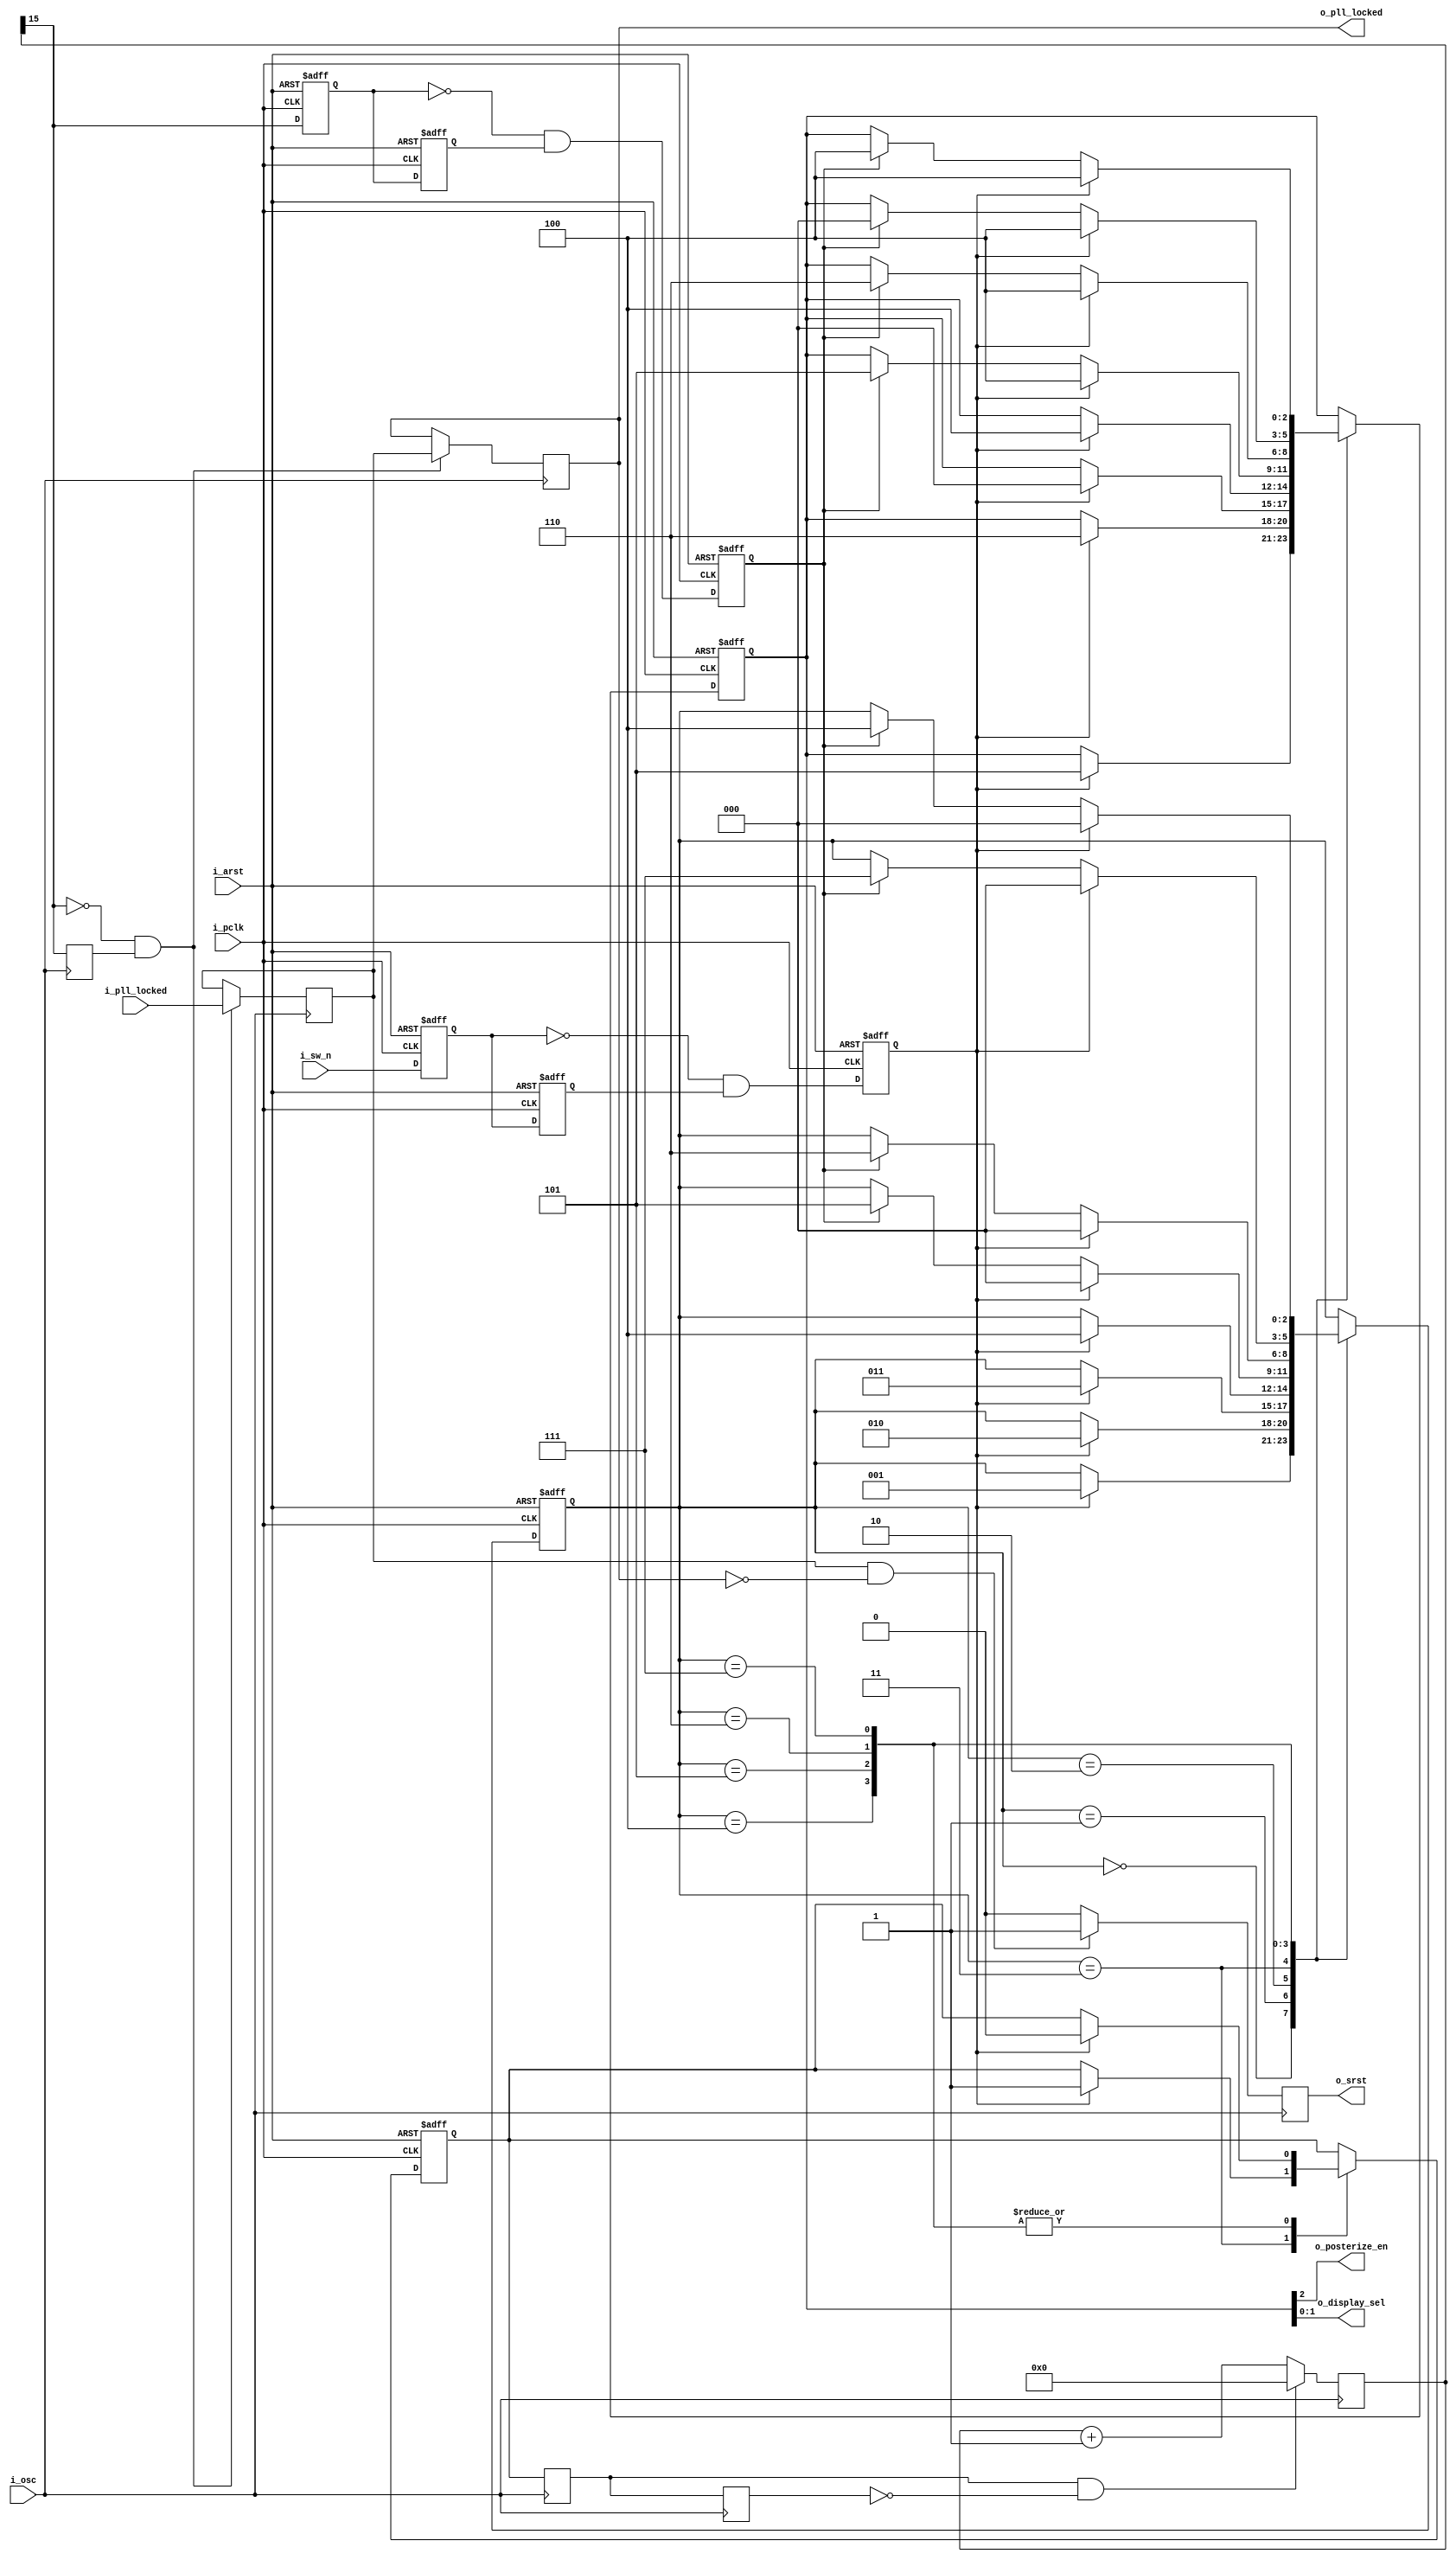
// This program was cloned from: https://github.com/Efinix-Inc/xyloni
// License: MIT License

module display_fsm
#(
	parameter	TIMER_WIDTH	= 16
)
(
	input	i_arst,
	input	i_osc,
	input	i_pclk,
	input	i_sw_n,
	input	i_pll_locked,
	
	output	o_srst,
	output	o_pll_locked,
	output	o_posterize_en,
	output	[1:0]o_display_sel
);

localparam	c_idle_streaming	= 3'b100;
localparam	c_full_sobel		= 3'b101;
localparam	c_half_sobel		= 3'b110;
localparam	c_half_posterize	= 3'b000;

localparam	s_m_idle_streaming	= 3'b000;
localparam	s_m_full_sobel		= 3'b001;
localparam	s_m_half_sobel		= 3'b010;
localparam	s_m_half_posterize	= 3'b011;
localparam	s_a_idle_streaming	= 3'b100;
localparam	s_a_full_sobel		= 3'b101;
localparam	s_a_half_sobel		= 3'b110;
localparam	s_a_half_posterize	= 3'b111;

reg		[TIMER_WIDTH-1:0]r_timer_osc_1P	= {TIMER_WIDTH{1'b0}};
reg		r_timer_en_osc_2P				= 1'b0;
reg		r_timer_en_osc_3P				= 1'b0;
reg		r_timer_msb_osc_2P				= 1'b0;
reg		r_pll_locked_osc_1P				= 1'b0;
reg		r_pll_locked_osc_2P				= 1'b0;
reg		r_pll_locked_osc_3P				= 1'b0;
reg		r_pll_locked_osc_4P				= 1'b0;
reg		r_pll_locked_osc_5P				= 1'b0;
reg		r_srst_osc_1P					= 1'b0;

reg		[2:0]r_display_state_1P;
reg		r_sw_n_pclk_1P;
reg		r_timer_msb_pclk_1P;
reg		[2:0]r_display_ctrl_pclk_1P;
reg		r_timer_en_pclk_1P;

reg		r_sw_n_pclk_2P;
reg		r_sw_n_fe_pclk_2P;
reg		r_timer_msb_pclk_2P;
reg		r_timer_msb_fe_pclk_2P;

//always@(posedge i_arst or posedge i_osc)
always@(posedge i_osc)
begin
//	if (i_arst)
//	begin
//		r_timer_osc_1P			<= {TIMER_WIDTH{1'b0}};
//		r_timer_en_osc_2P		<= 1'b0;
//		r_timer_en_osc_3P		<= 1'b0;
//		r_timer_msb_osc_2P		<= 1'b0;
//		r_pll_locked_osc_1P		<= 1'b0;
//		r_pll_locked_osc_2P		<= 1'b0;
//		r_srst_osc_1P			<= 1'b0;
//	end
//	else
	begin
		r_timer_osc_1P			<= r_timer_osc_1P+1'b1;
		if (r_timer_en_osc_2P & ~r_timer_en_osc_3P)
			r_timer_osc_1P		<= {TIMER_WIDTH{1'b0}};
		
		r_timer_en_osc_2P		<= r_timer_en_pclk_1P;
		r_timer_en_osc_3P		<= r_timer_en_osc_2P;
		
		r_timer_msb_osc_2P		<= r_timer_osc_1P[TIMER_WIDTH-1];
		
		if (~r_timer_osc_1P[TIMER_WIDTH-1] & r_timer_msb_osc_2P)
		begin
			r_pll_locked_osc_1P	<= i_pll_locked;
			r_pll_locked_osc_2P	<= r_pll_locked_osc_1P;
			r_pll_locked_osc_3P	<= r_pll_locked_osc_2P;
			r_pll_locked_osc_4P	<= r_pll_locked_osc_3P;
			r_pll_locked_osc_5P	<= r_pll_locked_osc_4P;
		end
		
		r_srst_osc_1P			<= 1'b0;
//		if (r_pll_locked_osc_4P & ~r_pll_locked_osc_5P)
		if (r_pll_locked_osc_1P & ~r_pll_locked_osc_2P)
			r_srst_osc_1P		<= 1'b1;
	end
end

always@(posedge i_arst or posedge i_pclk)
begin
	if (i_arst)
	begin
		r_display_state_1P		<= s_m_idle_streaming;
		r_sw_n_pclk_1P			<= 1'b1;
		r_timer_msb_pclk_1P		<= 1'b0;
		r_display_ctrl_pclk_1P	<= c_idle_streaming;
		r_timer_en_pclk_1P		<= 1'b0;
		
		r_sw_n_pclk_2P			<= 1'b1;
		r_sw_n_fe_pclk_2P		<= 1'b0;
		r_timer_msb_pclk_2P		<= 1'b0;
		r_timer_msb_fe_pclk_2P	<= 1'b0;
	end
	else
	begin
		r_sw_n_pclk_1P			<= i_sw_n;
		r_timer_msb_pclk_1P		<= r_timer_osc_1P[TIMER_WIDTH-1];
		
		r_sw_n_pclk_2P			<= r_sw_n_pclk_1P;
		r_timer_msb_pclk_2P		<= r_timer_msb_pclk_1P;
		
		r_sw_n_fe_pclk_2P		<= ~r_sw_n_pclk_1P & r_sw_n_pclk_2P;
		r_timer_msb_fe_pclk_2P	<= ~r_timer_msb_pclk_1P & r_timer_msb_pclk_2P;
		
		case (r_display_state_1P)
			s_m_idle_streaming:
			begin
				if (r_sw_n_fe_pclk_2P)
				begin
					r_display_state_1P		<= s_m_full_sobel;
					r_display_ctrl_pclk_1P	<= c_full_sobel;
				end
			end
			
			s_m_full_sobel:
			begin
				if (r_sw_n_fe_pclk_2P)
				begin
					r_display_state_1P		<= s_m_half_sobel;
					r_display_ctrl_pclk_1P	<= c_half_sobel;
				end
			end
			
			s_m_half_sobel:
			begin
				if (r_sw_n_fe_pclk_2P)
				begin
					r_display_state_1P		<= s_m_half_posterize;
					r_display_ctrl_pclk_1P	<= c_half_posterize;
				end
			end
			
			s_m_half_posterize:
			begin
				if (r_sw_n_fe_pclk_2P)
				begin
					r_display_state_1P		<= s_a_idle_streaming;
					r_display_ctrl_pclk_1P	<= c_idle_streaming;
					r_timer_en_pclk_1P		<= 1'b1;
				end
			end
			
			s_a_idle_streaming:
			begin
				if (r_sw_n_fe_pclk_2P)
				begin
					r_display_state_1P		<= s_m_idle_streaming;
					r_display_ctrl_pclk_1P	<= c_idle_streaming;
					r_timer_en_pclk_1P		<= 1'b0;
				end
				else if (r_timer_msb_fe_pclk_2P)
				begin
					r_display_state_1P		<= s_a_full_sobel;
					r_display_ctrl_pclk_1P	<= c_full_sobel;
				end
			end
			
			s_a_full_sobel:
			begin
				if (r_sw_n_fe_pclk_2P)
				begin
					r_display_state_1P		<= s_m_idle_streaming;
					r_display_ctrl_pclk_1P	<= c_idle_streaming;
					r_timer_en_pclk_1P		<= 1'b0;
				end
				else if (r_timer_msb_fe_pclk_2P)
				begin
					r_display_state_1P		<= s_a_half_sobel;
					r_display_ctrl_pclk_1P	<= c_half_sobel;
				end
			end
			
			s_a_half_sobel:
			begin
				if (r_sw_n_fe_pclk_2P)
				begin
					r_display_state_1P		<= s_m_idle_streaming;
					r_display_ctrl_pclk_1P	<= c_idle_streaming;
					r_timer_en_pclk_1P		<= 1'b0;
				end
				else if (r_timer_msb_fe_pclk_2P)
				begin
					r_display_state_1P		<= s_a_half_posterize;
					r_display_ctrl_pclk_1P	<= c_half_posterize;
				end
			end
			
			s_a_half_posterize:
			begin
				if (r_sw_n_fe_pclk_2P)
				begin
					r_display_state_1P		<= s_m_idle_streaming;
					r_display_ctrl_pclk_1P	<= c_idle_streaming;
					r_timer_en_pclk_1P		<= 1'b0;
				end
				else if (r_timer_msb_fe_pclk_2P)
				begin
					r_display_state_1P		<= s_a_idle_streaming;
					r_display_ctrl_pclk_1P	<= c_idle_streaming;
				end
			end
		endcase
	end
end

assign	o_srst			= r_srst_osc_1P;
assign	o_pll_locked	= r_pll_locked_osc_2P;
assign	o_posterize_en	= r_display_ctrl_pclk_1P[2];
assign	o_display_sel	= r_display_ctrl_pclk_1P[1:0];

endmodule